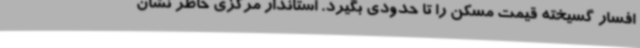
افسار گسیخته قیمت مسکن را تا حدودی بگیرد. استاندار مرکزی خاطر نشان